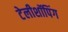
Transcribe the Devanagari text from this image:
टेलीशॉपिंग